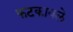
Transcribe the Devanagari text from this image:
फटकावले